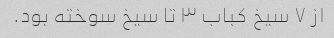
از ۷ سیخ کباب ۳ تا سیخ سوخته بود.